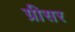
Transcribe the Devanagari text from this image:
ग्रीसर